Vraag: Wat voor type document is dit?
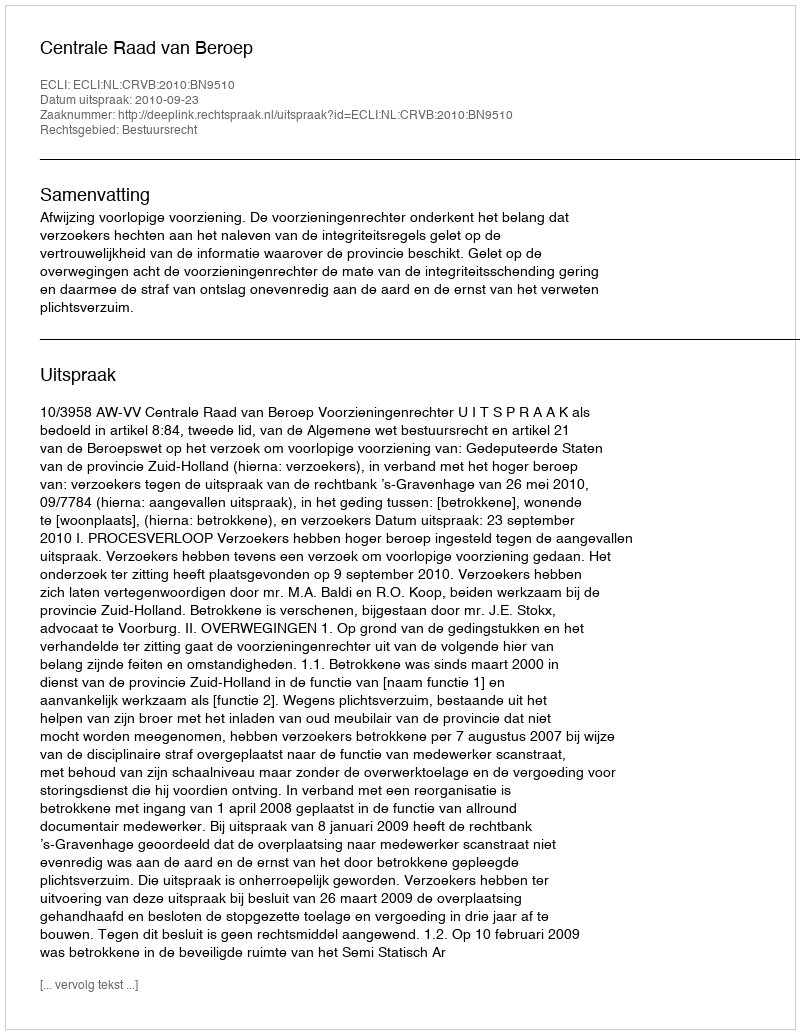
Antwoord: Uitspraak